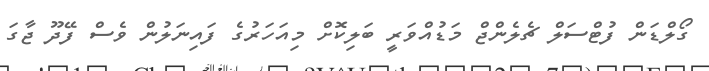
ގޯލްޑަން ފުޓްސަލް ޗެލެންޖް މަޑުއްވަރީ ބަލިކޮށް މިއަހަރުގެ ފައިނަލުން ވެސް ފޭދޫ ޖާގަ